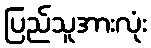
ပြည်သူအားလုံး